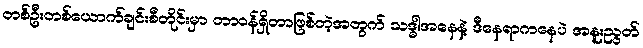
တစ်ဦးတစ်ယောက်ချင်းစီတိုင်းမှာ တာဝန်ရှိတာဖြစ်တဲ့အတွက် သဒ္ဓါအနေနဲ့ ဒီနေရာကနေပဲ အနူးညွတ်